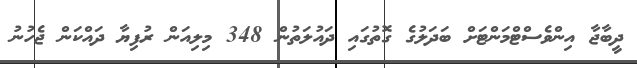
ދީބާޖާ އިންވެސްޓްމަންޓަށް ބަދަލުގެ ގޮތުގައި ދައުލަތުން 348 މިލިއަން ރުފިޔާ ދައްކަން ޖެހުނު